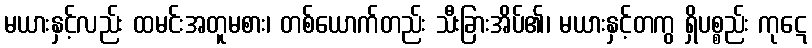
မယားနှင့်လည်း ထမင်းအတူမစား၊ တစ်ယောက်တည်း သီးခြားအိပ်၏၊ မယားနှင့်တကွ ရှိပစ္စည်း ကုဋေ